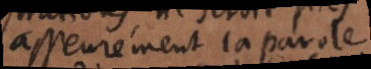
asseurément la parole